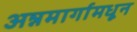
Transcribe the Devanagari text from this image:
अन्नमार्गामधून